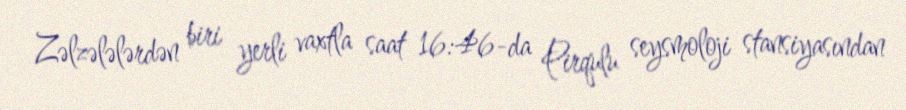
Zəlzələlərdən biri yerli vaxtla saat 16:46-da Pirqulu seysmoloji stansiyasından